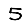
Digit: 5